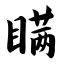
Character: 瞒